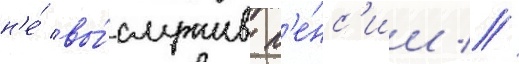
н'е́ вы́служив п'е́нс'ии //